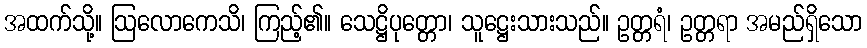
အထက်သို့။ ဩလောကေသိ၊ ကြည့်၏။ သေဋ္ဌိပုတ္တော၊ သူဋ္ဌေးသားသည်။ ဥတ္တရံ၊ ဥတ္တရာ အမည်ရှိသော